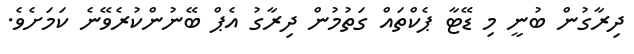
ދިރާގުން ބުނީ މި ޑޭޓާ ޕެކްތައް ގަތުމުން ދިރާގު އެޕް ބޭނުންކުރެވޭނެ ކަމަށެވެ.